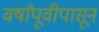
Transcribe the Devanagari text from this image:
वर्षांपूवीपासून